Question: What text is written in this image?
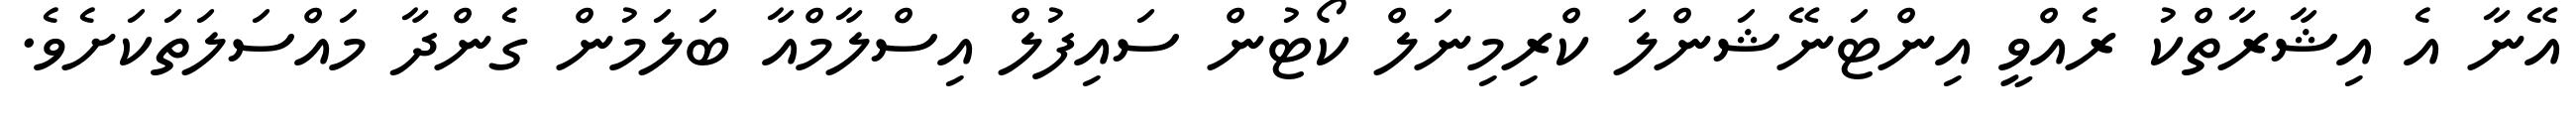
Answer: އޭނާ އެ އިޝާރާތްކު ރެއްވީ އިންޓަނޭޝަންލަ ކްރިމިނަލް ކޯޓުން ސައިފުލް އިސްލާމްއާ ބަލަމުން ގެންދާ މައްސަލަތަކަށެވެ.